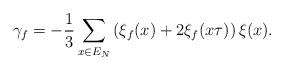
LaTeX: \begin{align*}\gamma_f = -\frac13 \sum_{x \in E_N} \left(\xi_f(x)+2\xi_f(x \tau)\right) \xi(x).\end{align*}